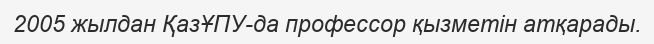
2005 жылдан ҚазҰПУ-да профессор қызметін атқарады.